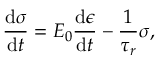
\frac { \mathrm { d } \sigma } { \mathrm { d } t } = E _ { 0 } \frac { \mathrm { d } \epsilon } { \mathrm { d } t } - \frac { 1 } { \tau _ { r } } \sigma ,